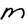
Character: M